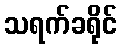
သရက်ခရိုင်